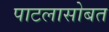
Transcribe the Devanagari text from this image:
पाटलासोबत